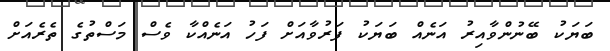
ބަޔަކު ބޭނުންވާއިރު އަނެއް ބަޔަކު ފަރުވާއަށް ފަހު އަނެއްކާ ވެސް މަސްތުގެ ތެރެއަށް